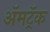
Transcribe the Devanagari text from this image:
ॲमट्रॅक